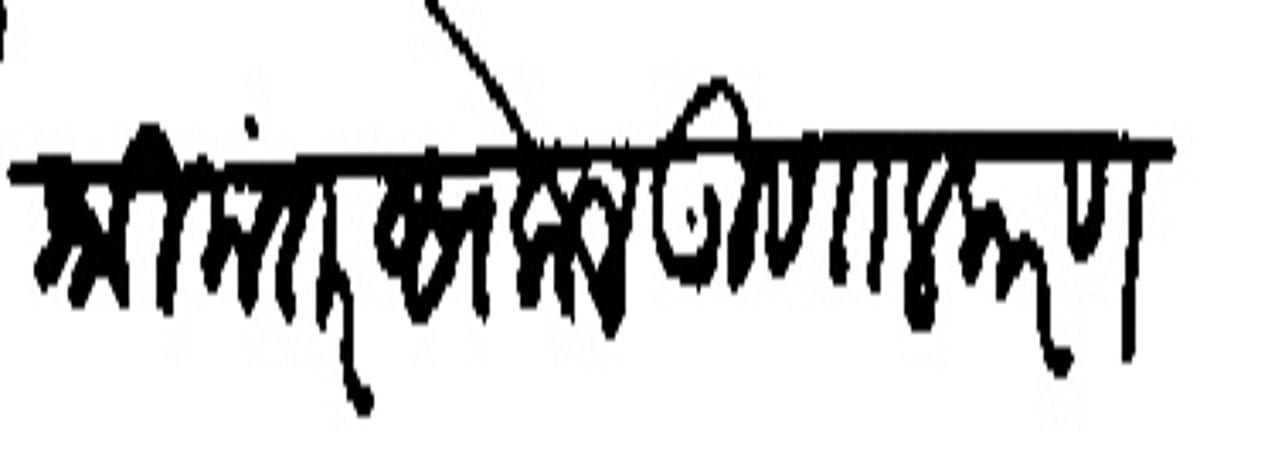
Transliteration (Devanagari): श्रीमंत सकल गुणालकरण